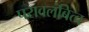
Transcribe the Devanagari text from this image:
परावलंबित्व